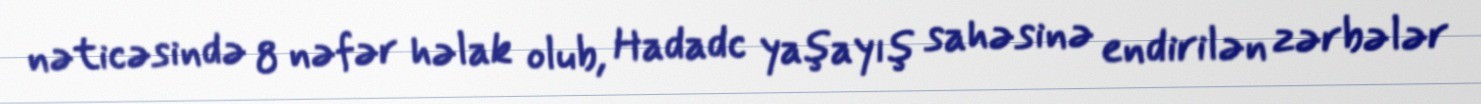
nəticəsində 8 nəfər həlak olub, Hadadc yaşayış sahəsinə endirilən zərbələr